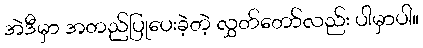
အဲဒီမှာ အတည်ပြုပေးခဲ့တဲ့ လွှတ်တော်လည်း ပါမှာပါ။